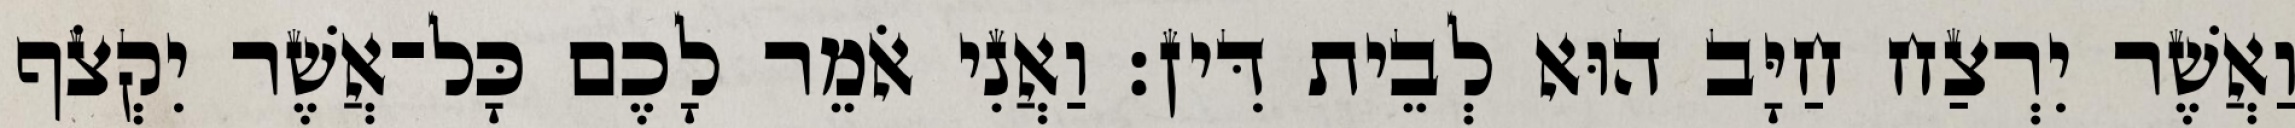
וַאֲשֶׁר יִרְצַח חַיָּב הוּא לְבֵית דִּין׃ וַאֲנִי אֹמֵר לָכֶם כָּל־אֲשֶׁר יִקְצֹף